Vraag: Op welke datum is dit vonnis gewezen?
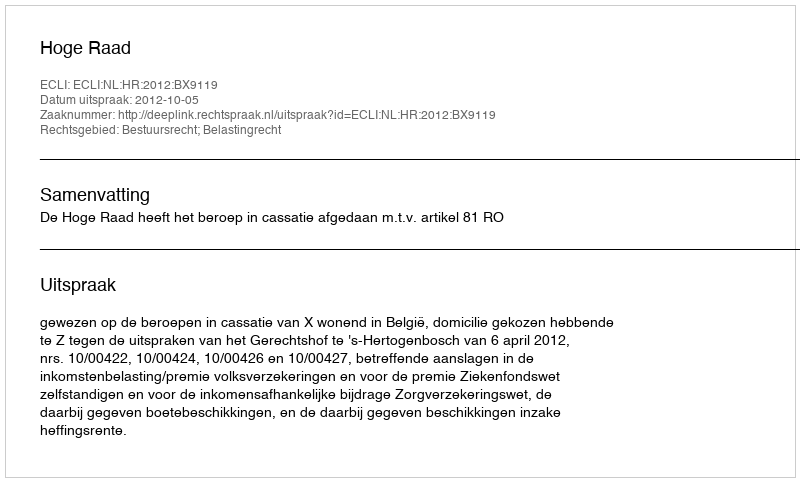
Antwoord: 2012-10-05